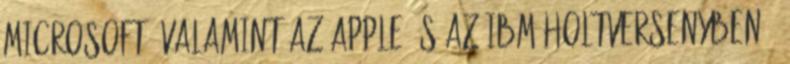
Microsoft, valamint az Apple és az IBM holtversenyben .